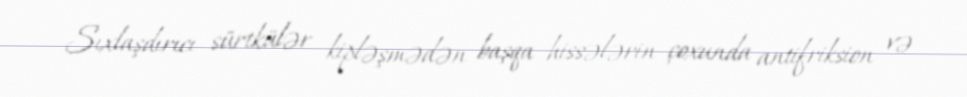
Sıxlaşdırıcı sürtkülər kipləşmədən başqa hissələrin çoxunda antifriksion və